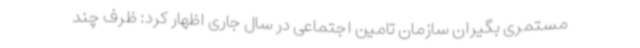
مستمری بگیران سازمان تامین اجتماعی در سال جاری اظهار کرد: ظرف چند